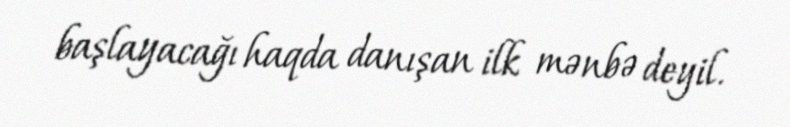
başlayacağı haqda danışan ilk mənbə deyil.